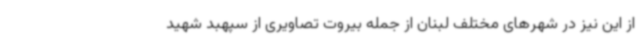
از این نیز در شهرهای مختلف لبنان از جمله بیروت تصاویری از سپهبد شهید